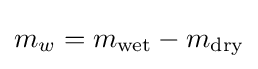
m_{w}=m_{\text{wet}}-m_{\text{dry}}